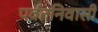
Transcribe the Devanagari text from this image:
पर्वतनिवासी